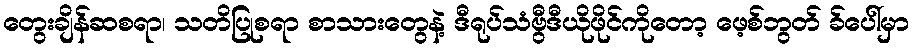
တွေးချိန်ဆစရာ၊ သတိပြုစရာ စာသားတွေနဲ့ ဒီရုပ်သံဗွီဒီယိုဖိုင်ကိုတော့ ဖေ့စ်ဘွတ် ခ်ပေါ်မှာ